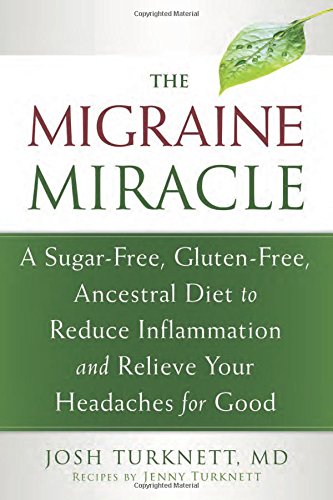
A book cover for The Migraine Miracle: A Sugar-Free, Gluten-Free, Ancestral Diet to Reduce Inflammation and Relieve Your Headaches for Good; Josh Turknett MD; Cookbooks, Food & Wine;